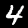
Label: 4